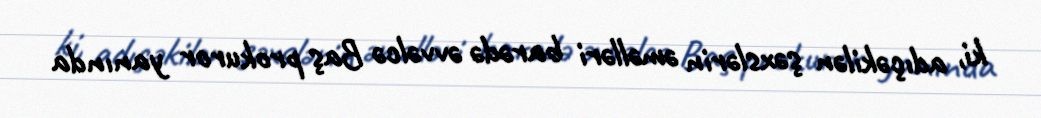
ki, adıçəkilən şəxslərin əməlləri barədə əvvəlcə Baş prokuror yanında